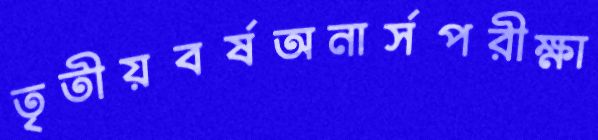
তৃতীয়বর্ষঅনার্সপরীক্ষা